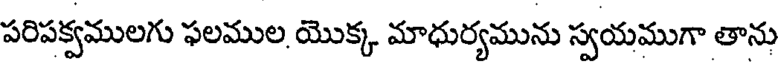
పరిపక్షములగు ఫలముల యొక్క మాధుర్యమును స్వయముగా తాను